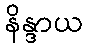
နိန္ဒာယ